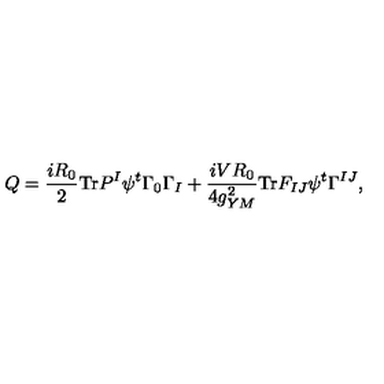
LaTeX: Q = \frac { i R _ { 0 } } { 2 } \mathrm { T r } P ^ { I } \psi ^ { t } \Gamma _ { 0 } \Gamma _ { I } + \frac { i V R _ { 0 } } { 4 g _ { Y M } ^ { 2 } } \mathrm { T r } F _ { I J } \psi ^ { t } \Gamma ^ { I J } ,